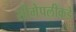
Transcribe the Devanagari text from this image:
सीमेपलीकडे